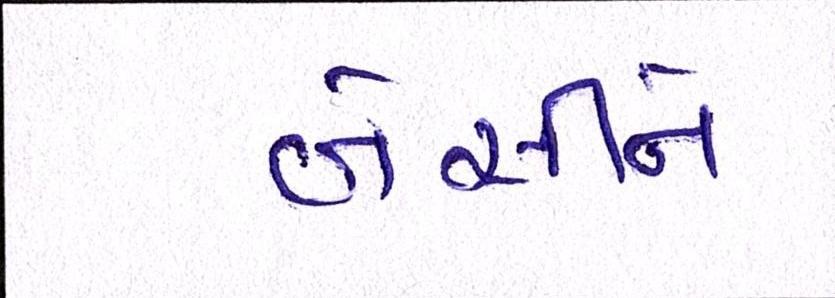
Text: બેસીને